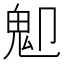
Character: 𩱺